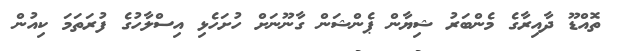
ތޮއްޑޫ ދާއިރާގެ މެންބަރު ޝިޔާން ޕެންޝަން ގާނޫނަށް ހުށަހެޅި އިސްލާހުގެ ފުރަތަމަ ކިއުން